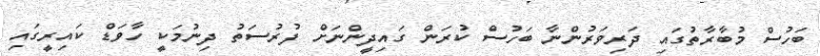
ބަހުސް މުބާރާތުގައި ދަރިވަރުންނާ ބަހުސް ކުރަން ގައިދީންނަށް ފުރުސަތު ދިނުމަކީ ހާވަޑް ކައިރީގައި